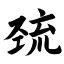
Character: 巯